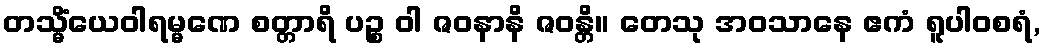
တသ္မိံယေဝါရမ္မဏေ စတ္တာရိ ပဉ္စ ဝါ ဇဝနာနိ ဇဝန္တိ။ တေသု အဝသာနေ ဧကံ ရူပါဝစရံ,